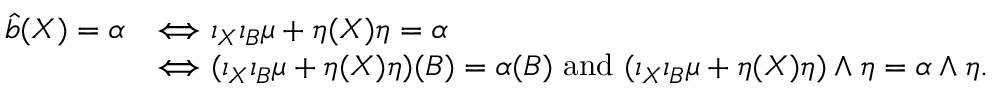
\begin{array} { r l } { \hat { b } ( X ) = \alpha } & { \Longleftrightarrow \iota _ { X } \iota _ { B } \mu + \eta ( X ) \eta = \alpha } \\ & { \Longleftrightarrow ( \iota _ { X } \iota _ { B } \mu + \eta ( X ) \eta ) ( B ) = \alpha ( B ) \mathrm { ~ a n d ~ } ( \iota _ { X } \iota _ { B } \mu + \eta ( X ) \eta ) \wedge \eta = \alpha \wedge \eta . } \end{array}